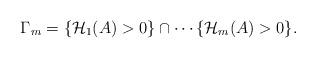
LaTeX: \begin{align*} \begin{aligned} {\Gamma}_m=\{ \mathcal{H}_1(A)>0\}\cap \cdots \{\mathcal{H}_m(A)>0\}. \end{aligned} \end{align*}